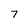
Character: 7